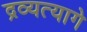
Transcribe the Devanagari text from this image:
द्रव्यत्यागे